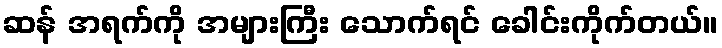
ဆန် အရက်ကို အများကြီး သောက်ရင် ခေါင်းကိုက်တယ်။